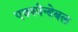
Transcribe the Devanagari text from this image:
एक्स्पेन्डेबल